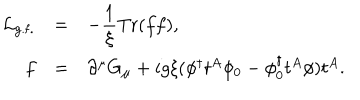
\begin{array} { r c l } { { { \cal L } _ { \mathrm { g . f . } } } } & { { = } } & { { \displaystyle - \frac { 1 } { \xi } \mathrm { T r } ( f f ) , } } \\ { { f } } & { { = } } & { { \partial ^ { \mu } G _ { \mu } + i g \xi ( \phi ^ { \dagger } t ^ { A } \phi _ { 0 } - \phi _ { 0 } ^ { \dagger } t ^ { A } \phi ) t ^ { A } . } } \\ \end{array}